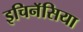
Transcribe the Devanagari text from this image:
इचिनॅसिया